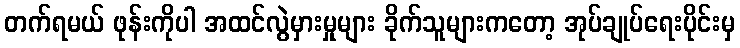
တက်ရမယ် ဖုန်းကိုပါ အထင်လွဲမှားမှုများ ခိုက်သူများကတော့ အုပ်ချုပ်ရေးပိုင်းမှ